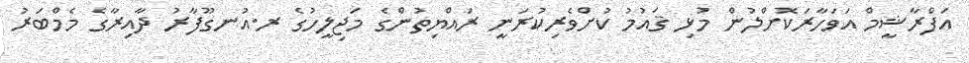
އަފްރާޝީމް އަވަހާރަކޮށްލުން މުޅި ޤައުމު ކުށްވެރިކުރަނީ ރައްޔިތުންގެ މަޖިލީހުގެ ރ.އުނގޫފާރު ދާއިރާގެ މެމްބަރު